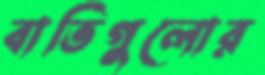
বাতিগুলোর